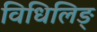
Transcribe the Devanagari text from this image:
विधिलिङ्